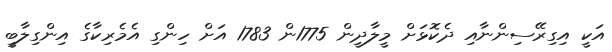
އަކީ އިގިރޭސިންނާއި ދެކޮޅަށް މީލާދީން 1775ން 1783 އަށް ހިންގި އެމެރިކާގެ އިންގިލާބީ